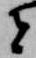
者